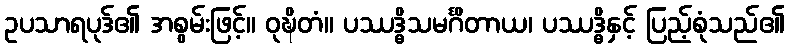
ဥပသာရပုဒ်၏ အစွမ်းဖြင့်။ ဝုဍ္ဎိတံ။ ပဿဒ္ဓိသမင်္ဂိတာယ၊ ပဿဒ္ဓိနှင့် ပြည့်စုံသည်၏